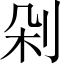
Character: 剁